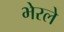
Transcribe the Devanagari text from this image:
भेरले